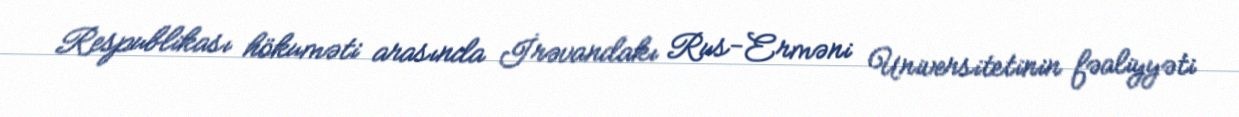
Respublikası hökuməti arasında İrəvandakı Rus-Erməni Universitetinin fəaliyyəti